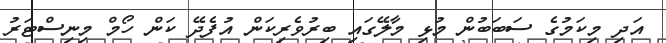
އަދި މިކަމުގެ ސަބަބުން މުޅި މާލޭގައި ބިރުވެރިކަން އުފެދޭ ކަން ހޯމް މިނިސްޓަރު